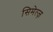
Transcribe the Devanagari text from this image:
सिमेत्ज़